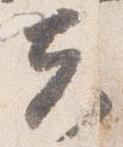
夫